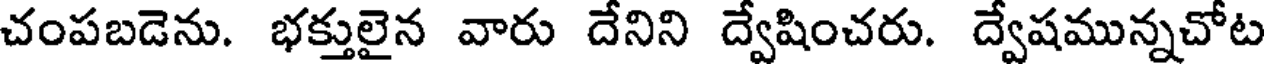
చంపబడెను. భక్తులైన వారు దేనిని ద్వేషించరు. ద్వేషమున్నచోట